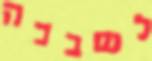
לשבכה